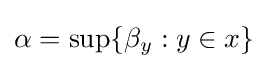
\alpha =\sup\{\beta _{y}:y\in x\}